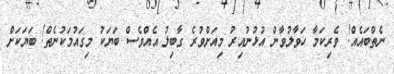
ނެތްބައެއް! ވެރިކަމާ ހަވާލުވާން އުޅުނުއިރު މިއަށްވުރެ ގާބިލު އެއްވެސް ބަޔަކު މިގައުމަކުނެތް! ބަޔަކަށް